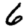
Digit: 6